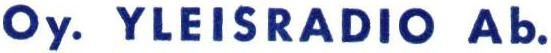
Oy. YLEISRADlO Ab.